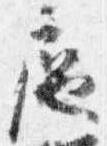
扈